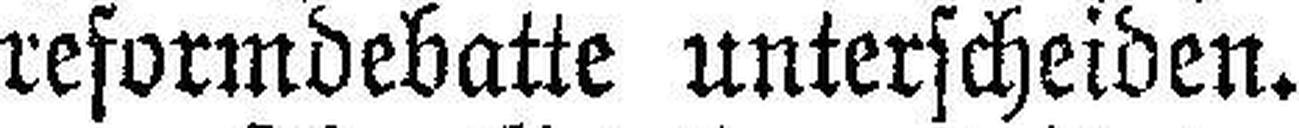
reformdebatte unterscheiden.